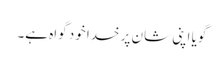
گویا اپنی شان پر خدا خود گواہ ہے۔